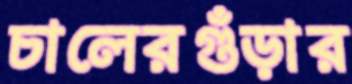
চালেরগুঁড়ার